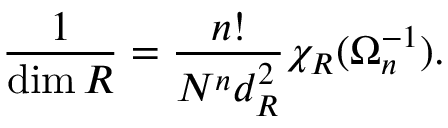
{ \frac { 1 } { \dim R } } = { \frac { n ! } { N ^ { n } d _ { R } ^ { 2 } } } \chi _ { R } ( \Omega _ { n } ^ { - 1 } ) .